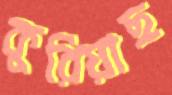
কুরিয়াছ